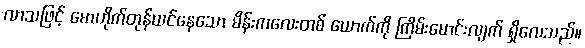
လာသဖြင့် မောဟိုက်တုန်ယင်နေသော မိန်းကလေးတစ် ယောက်ကို ကြိမ်းမောင်းလျက် ရှိလေသည်။